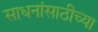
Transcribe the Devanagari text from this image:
साधनांसाठीच्या